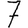
Digit: 7